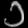
Digit: ၁